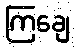
ကြချေ